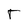
Character: T